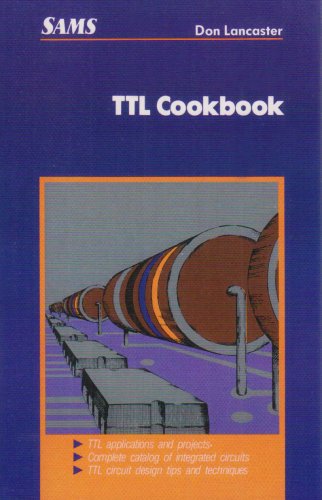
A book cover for TTL Cookbook; Donald E. Lancaster; Computers & Technology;